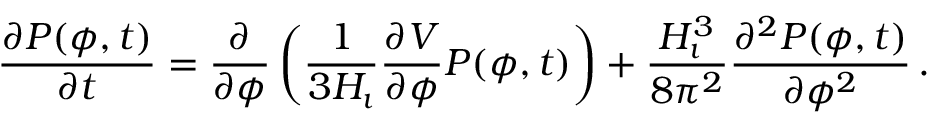
\frac { \partial P ( \phi , t ) } { \partial t } = \frac { \partial } { \partial \phi } \left( \frac { 1 } { 3 H _ { \i } } \frac { \partial V } { \partial \phi } P ( \phi , t ) \right) + \frac { H _ { \i } ^ { 3 } } { 8 \pi ^ { 2 } } \frac { \partial ^ { 2 } P ( \phi , t ) } { \partial \phi ^ { 2 } } \, .